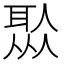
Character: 𦖏